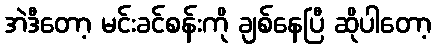
အဲဒီတော့ မင်းခင်စန်းကို ချစ်နေပြီ ဆိုပါတော့